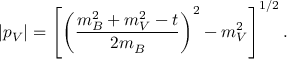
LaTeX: | p _ { V } | = \left[ \left( \frac { m _ { B } ^ { 2 } + m _ { V } ^ { 2 } - t } { 2 m _ { B } } \right) ^ { 2 } - m _ { V } ^ { 2 } \right] ^ { 1 / 2 } .